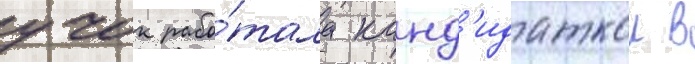
учок рабо́тала канд'идаткои в